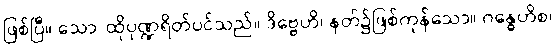
ဖြစ်ပြီ။ သော၊ ထိုပုဏ္ဍရိတ်ပင်သည်။ ဒိဗ္ဗေဟိ၊ နတ်၌ဖြစ်ကုန်သော။ ဂန္ဓေဟိစ၊